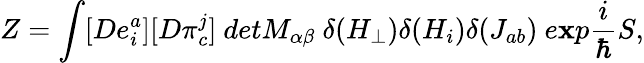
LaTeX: Z=\int[De_{i}^{a}][D\pi_{c}^{j}]\ detM_{\alpha\beta}\ \delta(H_{\perp})\delta(H_{i})\delta(J_{ab})\ e\mathbf{x}p\frac{{i}}{{\hbar}}S,